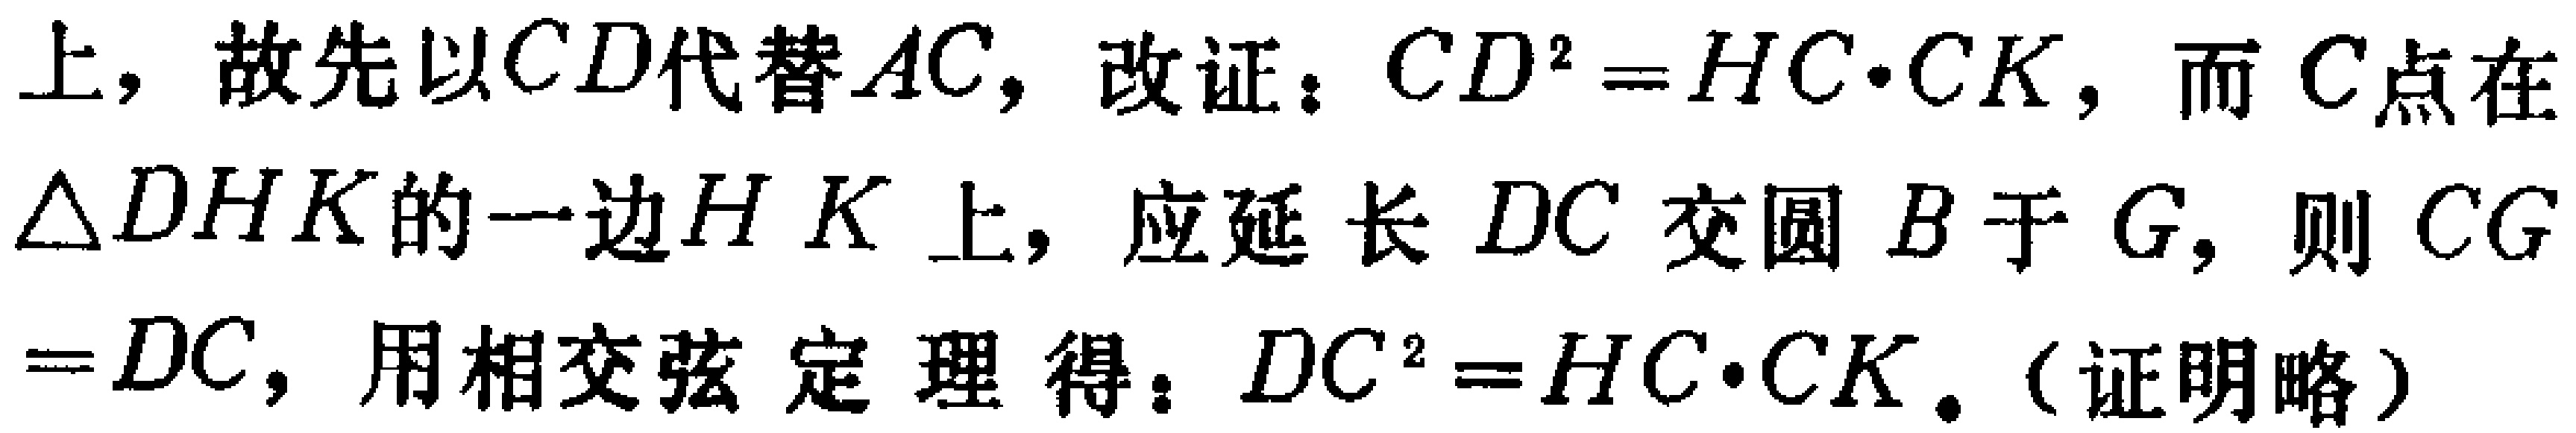
上，故先以\(CD\)代替\(AC\)，改证：\(CD^{2}=HC\cdot CK\)，而\(C\)点在\(\triangle DHK\)的一边\(HK\)上，应延长\(DC\)交圆\(B\)于\(G\)，则\(CG = DC\)，用相交弦定理得：\(DC^{2}=HC\cdot CK\)。（证明略）